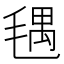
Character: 𣮨